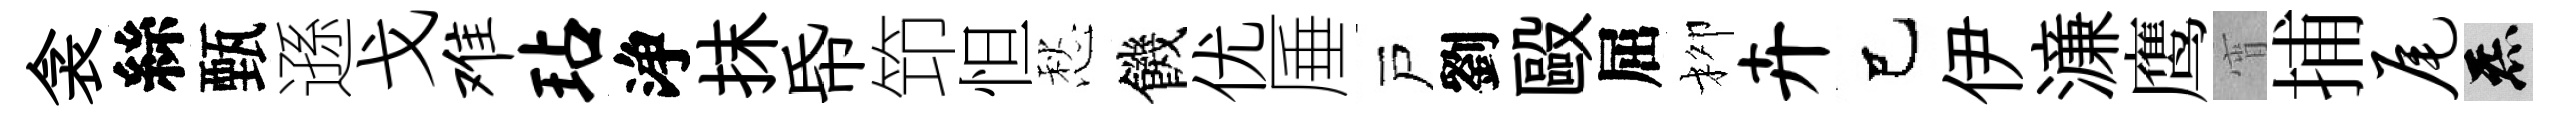
衾絲甄遜戈难玷浄抹帋笻怛愁饑优厜戸劉毆屈柳卉己伊濓鹰宵捕尾炁